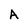
Character: A